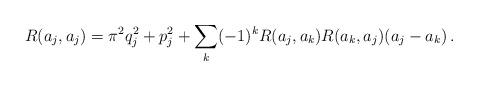
LaTeX: \begin{align*}R(a_j,a_j)=\pi^2 q_j^2 +p_j^2 + \sum_k (-1)^k R(a_j,a_k)R(a_k,a_j) (a_j-a_k)\, .\end{align*}